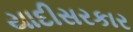
યાદીસરકાર